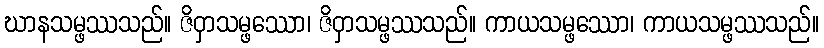
ဃာနသမ္ဖဿသည်။ ဇိဝှာသမ္ဖဿော၊ ဇိဝှာသမ္ဖဿသည်။ ကာယသမ္ဖဿော၊ ကာယသမ္ဖဿသည်။